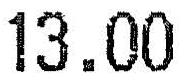
13.00